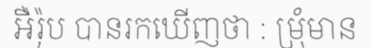
អឺរ៉ុប បានរកឃើញថា : ម្រុំមាន